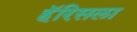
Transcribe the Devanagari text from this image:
हॅरिसला